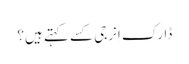
ڈارک اِنرجی کسے کہتے ہیں؟